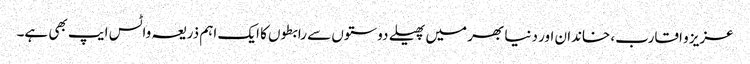
عزیز و اقارب، خاندان اور دنیا بھر میں پھیلے دوستوں سے رابطوں کا ایک اہم ذریعہ واٹس ایپ بھی ہے۔